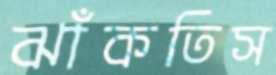
ঝাঁকতিস